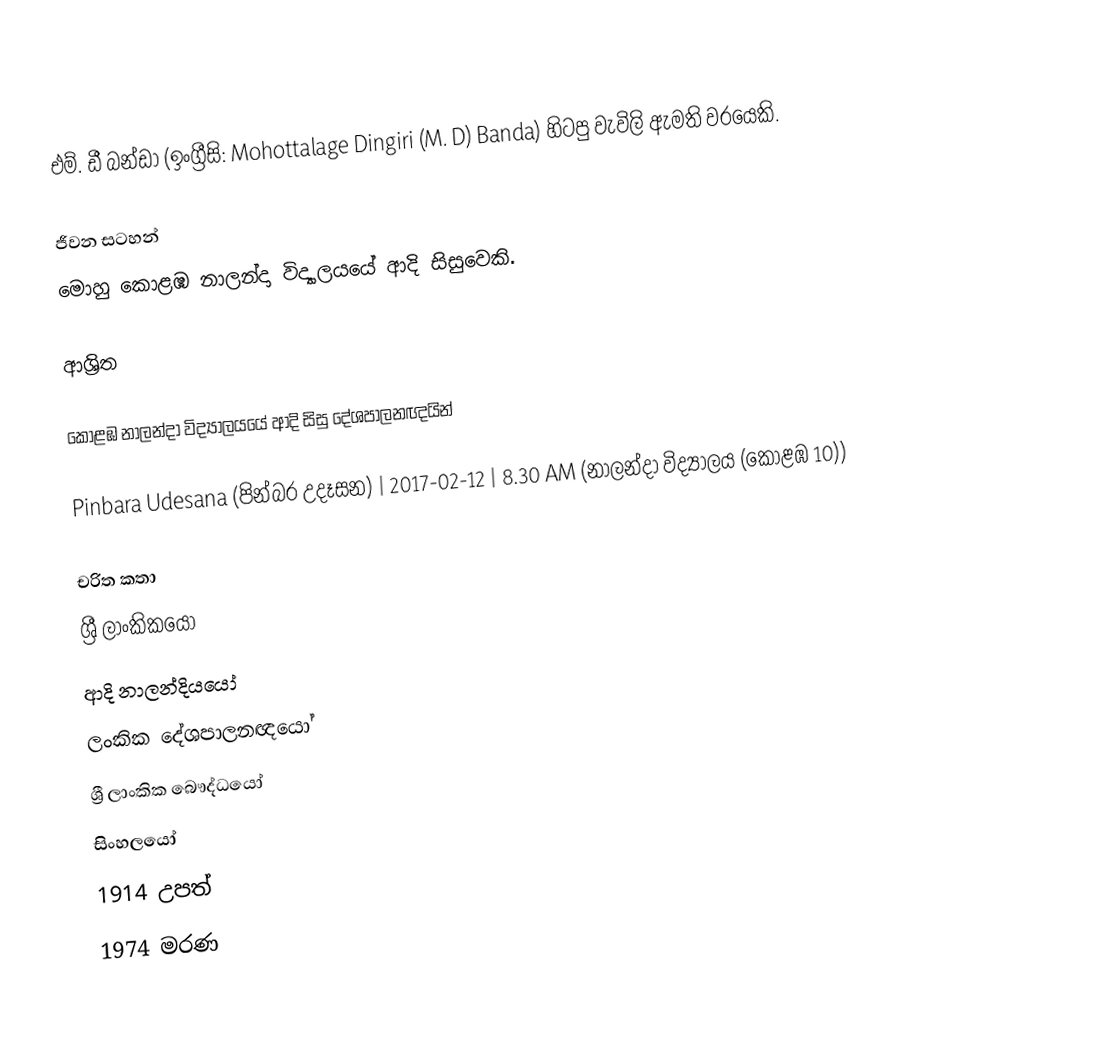
එම්. ඩී බන්ඩා (ඉංග්‍රීසි: Mohottalage Dingiri (M. D) Banda) හිටපු වැවිලි ඇමති වරයෙකි.

ජීවන සටහන්
මොහු  කොළඹ නාලන්දා විද්‍යාලයයේ ආදි සිසුවෙකි.

ආශ්‍රිත

කොළඹ නාලන්දා විද්‍යාලයයේ ආදි සිසු දේශපාලනඥයින්

 Pinbara Udesana (පින්බර උදෑසන) | 2017-02-12 | 8.30 AM (නාලන්දා විද්‍යාලය (කොළඹ 10))

චරිත කතා
ශ්‍රී ලාංකිකයෝ
ආදි නාලන්දියයෝ
ලංකික දේශපාලනඥයෝ
ශ්‍රී ලාංකික බෞද්ධයෝ
සිංහලයෝ
1914 උපත්
1974 මරණ